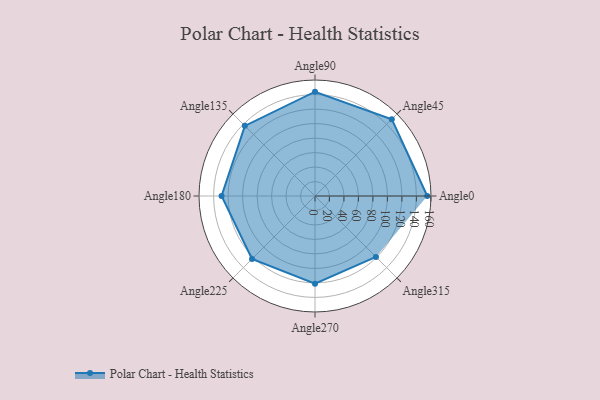
{"axis": {"x": "Angle", "y": "Radius"}, "legend": [""], "data": [{"x": "Angle0", "y": 155.0, "type": ""}, {"x": "Angle45", "y": 150.0, "type": ""}, {"x": "Angle90", "y": 144.0, "type": ""}, {"x": "Angle135", "y": 137.0, "type": ""}, {"x": "Angle180", "y": 129.0, "type": ""}, {"x": "Angle225", "y": 123.0, "type": ""}, {"x": "Angle270", "y": 121.0, "type": ""}, {"x": "Angle315", "y": 119.0, "type": ""}]}